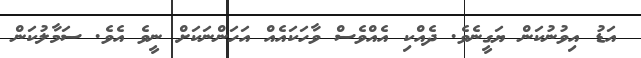
އަޑު އިވުނުކަން ޔަގީނެވެ. ދެއްކި އެއްވެސް ވާހަކައެއް އަހަންނަކަށް ނީވެ އެވެ. ސަމާލުކަން